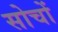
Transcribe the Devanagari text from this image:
सोचों